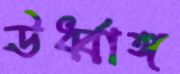
ঊর্ধ্বাঙ্গ